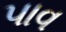
પાવ